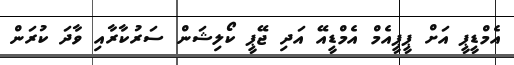
އެމްޑީޕީ އަށް ޕީޕީއެމް އެމްޑީއޭ އަދި ޖޭޕީ ކޯލިޝަން ސަރުކާރާއި ވާދަ ކުރަން